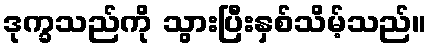
ဒုက္ခသည်ကို သွားပြီးနှစ်သိမ့်သည်။